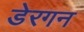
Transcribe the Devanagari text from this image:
डेरगन